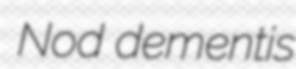
Nod dementis